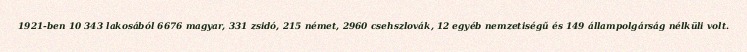
1921-ben 10 343 lakosából 6676 magyar, 331 zsidó, 215 német, 2960 csehszlovák, 12 egyéb nemzetiségű és 149 állampolgárság nélküli volt.